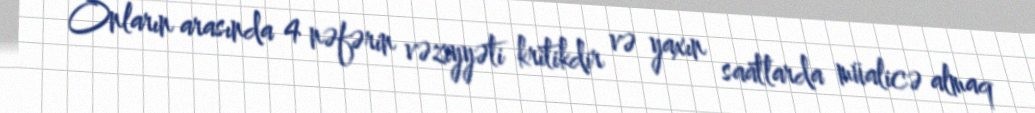
Onların arasında 4 nəfərin vəziyyəti kritikdir və yaxın saatlarda müalicə almaq